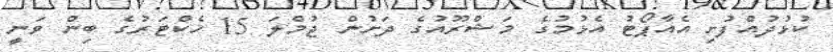
ކުޅުދުއްފުށި އެއާޕޯޓު އެޅުމުގެ މަޝްރޫއުގެ ދަށުން ޖުމްލަ 15 ހެކްޓަރުގެ ބިން ވަނީ